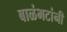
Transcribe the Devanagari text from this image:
बाळंभटांनी